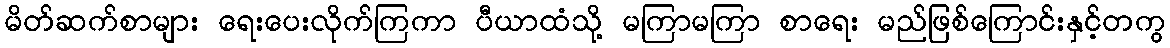
မိတ်ဆက်စာများ ရေးပေးလိုက်ကြကာ ပီယာထံသို့ မကြာမကြာ စာရေး မည်ဖြစ်ကြောင်းနှင့်တကွ